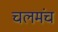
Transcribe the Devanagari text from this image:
चलमंच